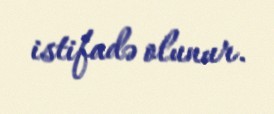
istifadə olunur.